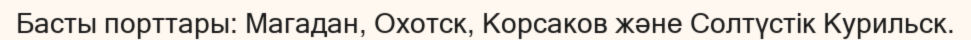
Басты порттары: Магадан, Охотск, Корсаков және Солтүстік Курильск.